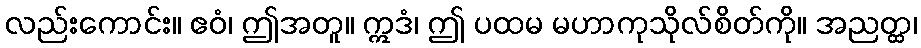
လည်းကောင်း။ ဧဝံ၊ ဤအတူ။ ဣဒံ၊ ဤ ပထမ မဟာကုသိုလ်စိတ်ကို။ အညတ္ထ၊